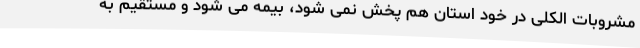
مشروبات الکلی در خود استان هم پخش نمی شود، بیمه می شود و مستقیم به